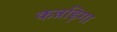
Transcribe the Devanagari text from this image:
कन्नड़िगा